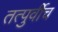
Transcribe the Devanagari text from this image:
तत्पुर्वीच